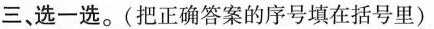
三选一选。(把正确答案的序号填在括号里)